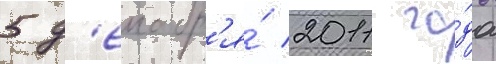
5 д'екабр'я́ 2011 го́да